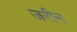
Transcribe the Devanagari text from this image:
जरीन